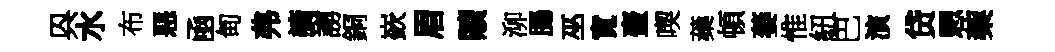
㒷水布惡凾甸弗謫謭銅嶔眉贖泖腸巫寬壷喫蘃頓萎惟紐巴演贷愳蔾